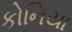
કોનિયા